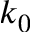
k _ { 0 }